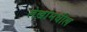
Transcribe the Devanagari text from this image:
लेखांमधील